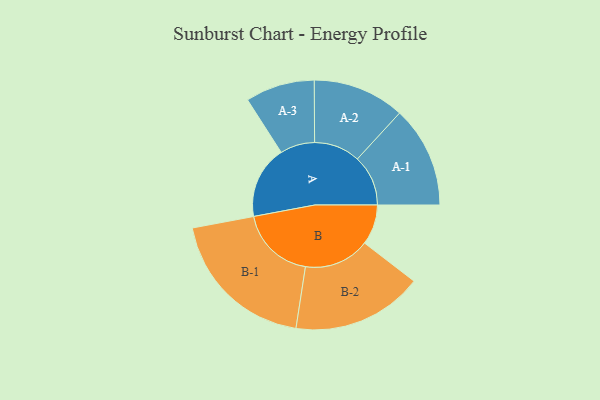
{"axis": {"x": "Segment", "y": "Value"}, "legend": ["", "A", "B"], "data": [{"x": "A", "y": 275, "type": ""}, {"x": "B", "y": 152, "type": ""}, {"x": "A-1", "y": 192, "type": "A"}, {"x": "A-2", "y": 174, "type": "A"}, {"x": "A-3", "y": 131, "type": "A"}, {"x": "B-1", "y": 286, "type": "B"}, {"x": "B-2", "y": 248, "type": "B"}]}